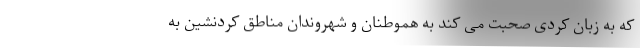
که به زبان کردی صحبت می کند به هموطنان و شهروندان مناطق کردنشین به